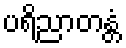
ပရိညာတန္တံ